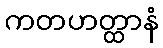
ကတဟတ္ထာနံ